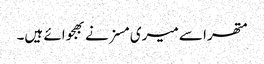
متھرا سے میری مسز نے بھجوائے ہیں۔